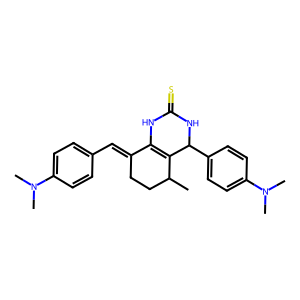
SMILES: CC1CCC(=Cc2ccc(N(C)C)cc2)C2=C1C(c1ccc(N(C)C)cc1)NC(=S)N2
Inhibits HIV replication: No